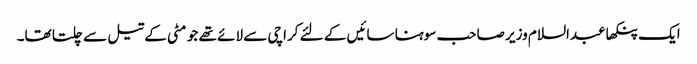
ایک پنکھا عبدالسلام وزیر صاحب سوہنا سائیں کے لئے کراچی سے لائے تھے جو مٹی کے تیل سے چلتا تھا۔